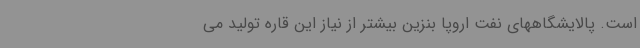
است. پالایشگاههای نفت اروپا بنزین بیشتر از نیاز این قاره تولید می